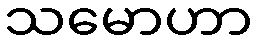
သမောဟာ